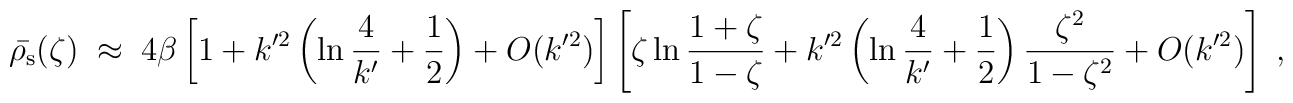
\bar{\rho_{\rm s}}(\zeta)\;\approx\;4\beta\left[  1+k'^2\left(\ln{4\over k'}+{1\over 2}\right)+O(k'^2)\right]\left[ \zeta \ln {1+\zeta\over 1-\zeta}+k'^2\left( \ln {4\over k'} +{1\over 2}\right){\zeta^2\over 1-\zeta^2}+O(k'^2)\right]\;,